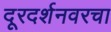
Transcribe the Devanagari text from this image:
दूरदर्शनवरचा